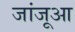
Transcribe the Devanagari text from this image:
जांजूआ